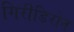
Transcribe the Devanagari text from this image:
गिरीडिरोन